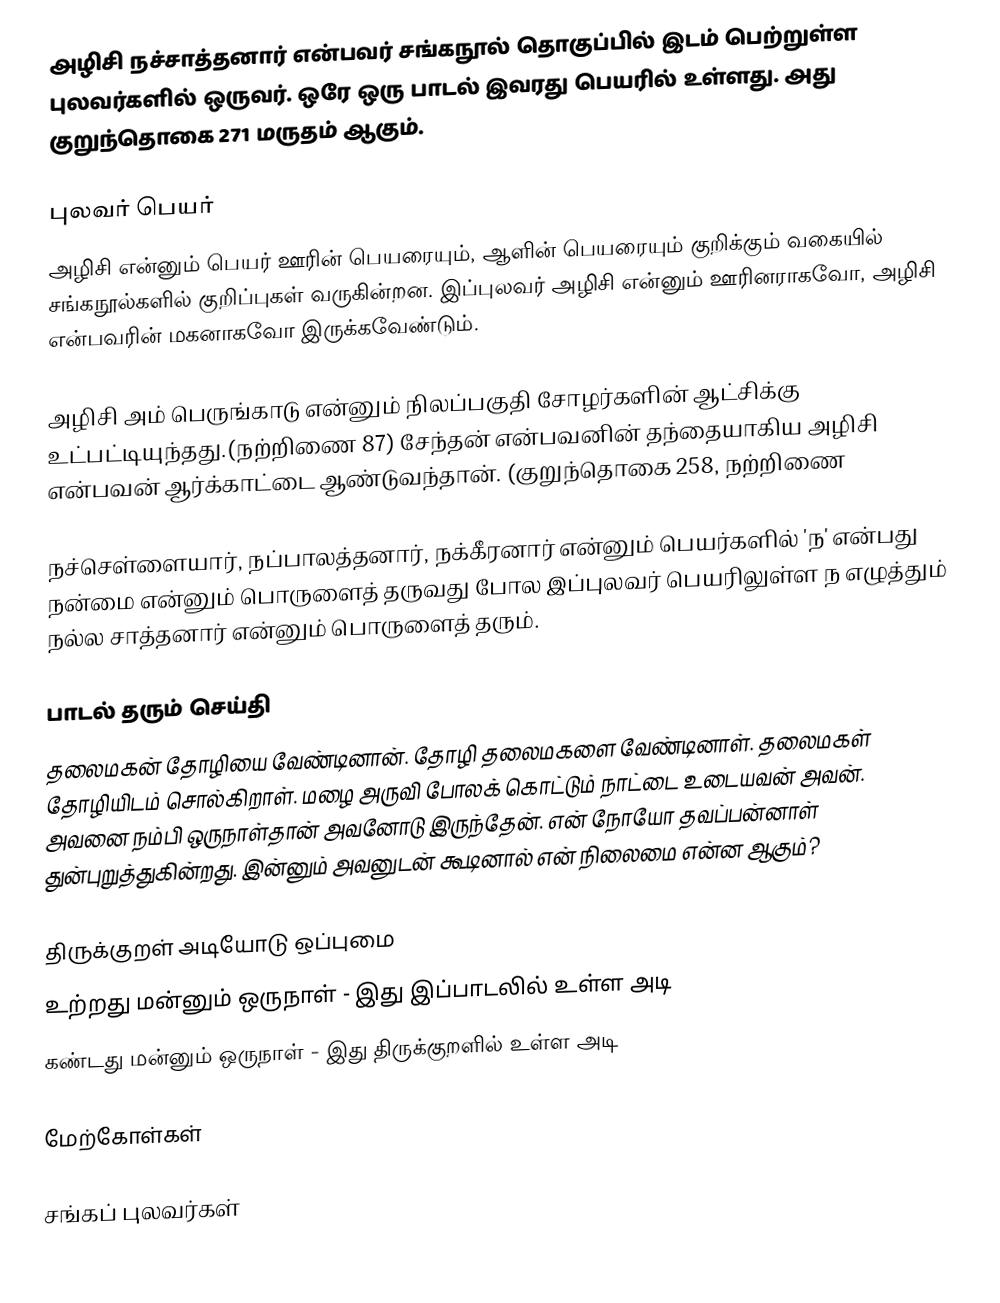
அழிசி நச்சாத்தனார் என்பவர் சங்கநூல் தொகுப்பில் இடம் பெற்றுள்ள புலவர்களில் ஒருவர். ஒரே ஒரு பாடல் இவரது பெயரில் உள்ளது. அது குறுந்தொகை 271 மருதம் ஆகும்.

புலவர் பெயர்
அழிசி என்னும் பெயர் ஊரின் பெயரையும், ஆளின் பெயரையும் குறிக்கும் வகையில் சங்கநூல்களில் குறிப்புகள் வருகின்றன. இப்புலவர் அழிசி என்னும் ஊரினராகவோ, அழிசி என்பவரின் மகனாகவோ இருக்கவேண்டும்.

அழிசி அம் பெருங்காடு என்னும் நிலப்பகுதி சோழர்களின் ஆட்சிக்கு உட்பட்டியுந்தது.(நற்றிணை 87) சேந்தன் என்பவனின் தந்தையாகிய அழிசி என்பவன் ஆர்க்காட்டை ஆண்டுவந்தான். (குறுந்தொகை 258, நற்றிணை

நச்செள்ளையார், நப்பாலத்தனார், நக்கீரனார் என்னும் பெயர்களில் 'ந' என்பது நன்மை என்னும் பொருளைத் தருவது போல இப்புலவர் பெயரிலுள்ள ந எழுத்தும் நல்ல சாத்தனார் என்னும் பொருளைத் தரும்.

பாடல் தரும் செய்தி
தலைமகன் தோழியை வேண்டினான். தோழி தலைமகளை வேண்டினாள். தலைமகள் தோழியிடம் சொல்கிறாள். மழை அருவி போலக் கொட்டும் நாட்டை உடையவன் அவன். அவனை நம்பி ஒருநாள்தான் அவனோடு இருந்தேன். என் நோயோ தவப்பன்னாள் துன்புறுத்துகின்றது. இன்னும் அவனுடன் கூடினால் என் நிலைமை என்ன ஆகும்?

திருக்குறள் அடியோடு ஒப்புமை
உற்றது மன்னும் ஒருநாள் - இது இப்பாடலில் உள்ள அடி
கண்டது மன்னும் ஒருநாள் - இது திருக்குறளில் உள்ள அடி

மேற்கோள்கள்

சங்கப் புலவர்கள்